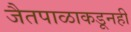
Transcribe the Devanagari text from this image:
जैतपाळाकडूनही